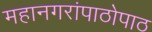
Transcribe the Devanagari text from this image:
महानगरांपाठोपाठ